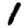
Digit: 1